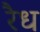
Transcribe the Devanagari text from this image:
रैध